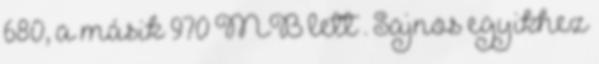
680, a másik 970 MB lett . Sajnos egyikhez